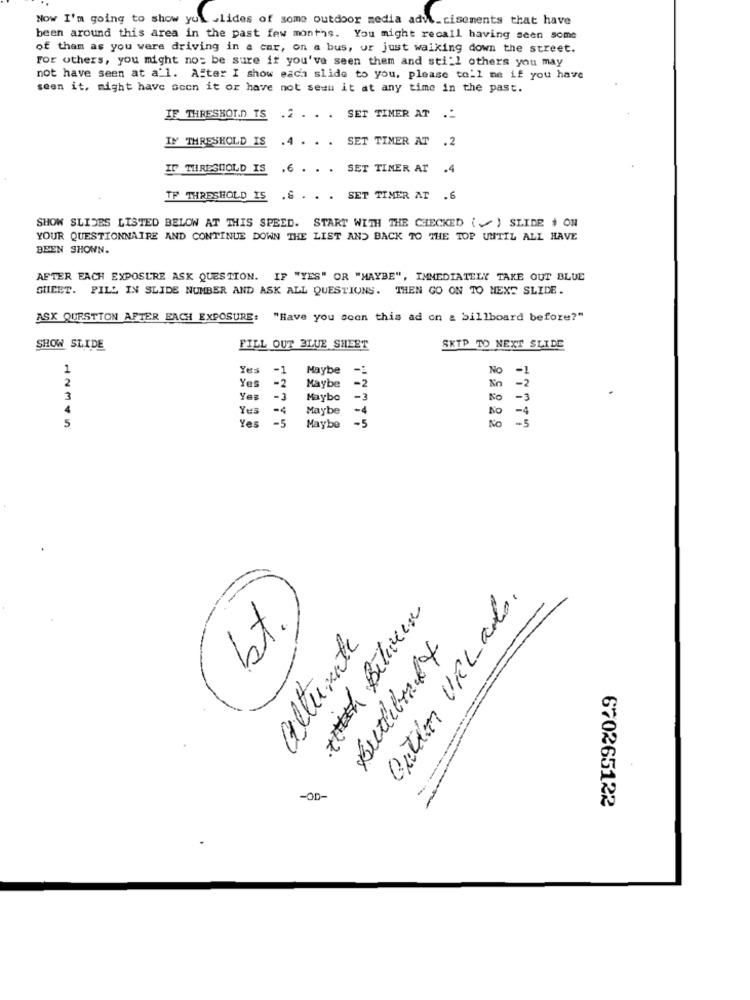
Now I'm going to show yul slides of some outdoor media adv\_cisements that have
been around this area in the past few months. You might recall having seen some
of tham as you were driving in a car, on a bus, or just walking down the street.
For others, you might not be sure if you've seen them and still others you may
not have seen at a'l. Altar I show each slide to you, please tell me if you have
seen it, might have ocen it or have not seen it at any time in the past.
IF THRESHOLD TS .2 . . . SET TIMER AT .-
IM THRESHOLD IS
.4 . . . SET TIMER AT .2
IF THRESHOLD IS
.6 . . . SET TIMER AT .4
TF THRESHOLD IS
.& . . . SET TIMER AT .6
SHOW SLIDES LISTED BELOW AT THIS SPEED. START WITH THE CHECKED (~ ) SLIDE ) ON
YOUR QUESTIONNAIRE AND CONTINUE DOWN THE LIST AND BACK TO THE TOP UNTIL ALL HAVE
BEEN SHOWN.
AFTER EACH EXPOSURE ASK QUESTION. IF "YES" OR "MAYBE", IMMEDIATELY TAKE OUT BLUE
SHEET. PILL IN SLIDE NUMBER AND ASK ALL QUESTIONS. THEN GO ON TO MEXT SLIDE.
ASK QUESTION AFTER EACH EXPOSURE:
"Have you seen this ad on & billboard before?"
SHOW SLIDE
FILL OUT BLUE SHEET
SKIP TO NEXT SLIDE
1
Ye:
-1
Maybe
No
-1
2
Yes
-2
-2
Maybe
3
-3
Maybe
-3
NO
-3
4
Yes
-4
Maybe
NO
5
Yes
-5
- 5
Maybe
No
Buther VíLado.
to Between
alternate
Butlibaly
-OD
670265122